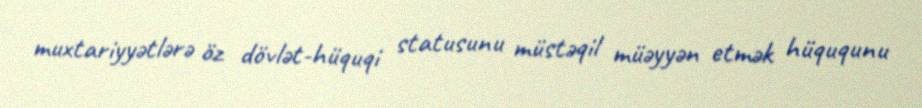
muxtariyyətlərə öz dövlət-hüquqi statusunu müstəqil müəyyən etmək hüququnu